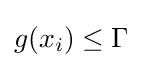
\textstyle g(x_{i})\leq \Gamma